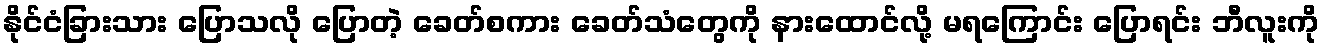
နိုင်ငံခြားသား ပြောသလို ပြောတဲ့ ခေတ်စကား ခေတ်သံတွေကို နားထောင်လို့ မရကြောင်း ပြောရင်း ဘီလူးကို